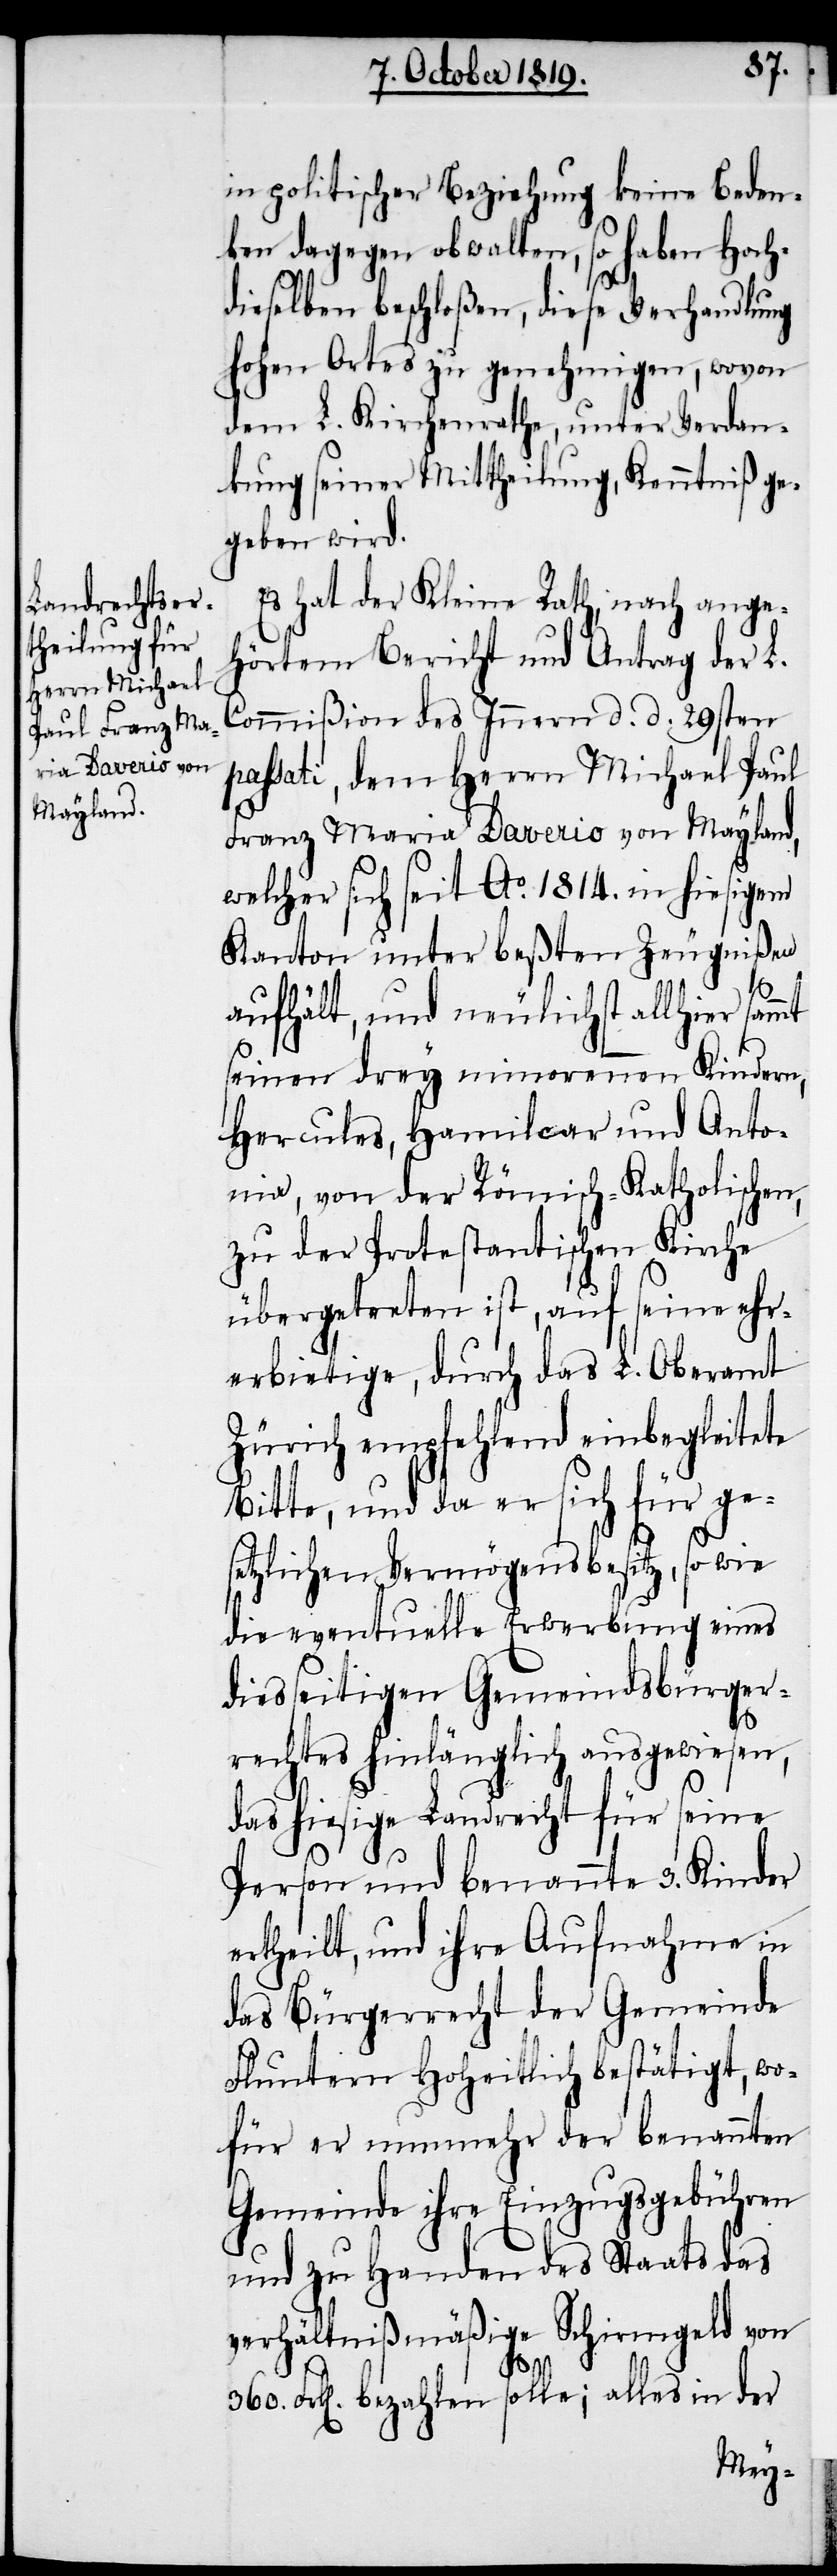
in politischer Beziehung keine Beden¬
ken dagegen obwalten, so haben Hoch¬
dieselben beschloßen, diese Verhandlung
hohen Ortes zu genehmigen, wovon
dem L. Kirchenrathe, unter Verdan¬
kung seiner Mittheilung, Kenntniß ge¬
geben wird.
Es hat der Kleine Rath, nach ange¬
hörtem Bericht und Antrag der L.
Commißion des Innern. d. d. 29sten
passati, dem Herrn Michael Paul
Franz Maria Daverio von Mayland,
welcher sich seit Ao. 1814. in hiesigem
Kanton unter beßten Zeugnißen
aufhält, und neulichst allhier sammt
seinen drey minorennen Kindern,
Hercules, Hamilcar und Anto¬
nia, von der Römisch-Katholischen,
zu der Protestantischen Kirche
übergetreten ist, auf seine ehr¬
erbietige, durch das L. Oberamt
Zürich empfehlend einbegleitete
Bitte, und da er sich für ge¬
setzlichen Vermögensbesitz, so wie
die eventuelle Erwerbung eines
diesseitigen Gemeindsbürger¬
rechtes hinlänglich ausgewiesen,
das hiesige Landrecht für seine
Person und benannte 3. Kinder
ertheilt, und ihre Aufnahme in
das Bürgerrecht der Gemeinde
Fluntern Hoheitlich bestätigt, wo¬
für er nunmehr der benannten
Gemeinde ihre Einzugsgebühren
und zu Handen des Staats das
verhältnißmäßige Schirmgeld von
360.
Frk[en]. bezahlen solle; alles in der